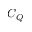
C _ { Q }